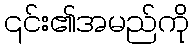
၎င်း၏အမည်ကို